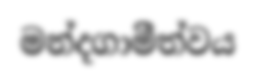
මන්දගාමීත්වය